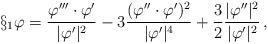
LaTeX: \begin{align*}\S_1\varphi = \frac{ \varphi'''\cdot\varphi'}{|\varphi'|^2}- 3\frac{(\varphi''\cdot\varphi')^2}{|\varphi'|^4}+ \frac32\frac{|\varphi''|^2}{|\varphi'|^2}\,,\end{align*}